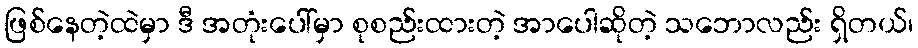
ဖြစ်နေတဲ့ထဲမှာ ဒီ အတုံးပေါ်မှာ စုစည်းထားတဲ့ အာပေါဆိုတဲ့ သဘောလည်း ရှိတယ်၊